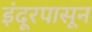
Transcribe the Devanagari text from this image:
इंदूरपासून